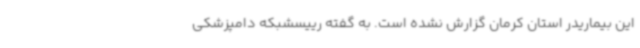
این بیماریدر استان کرمان گزارش نشده است. به گفته رییسشبکه دامپزشکی